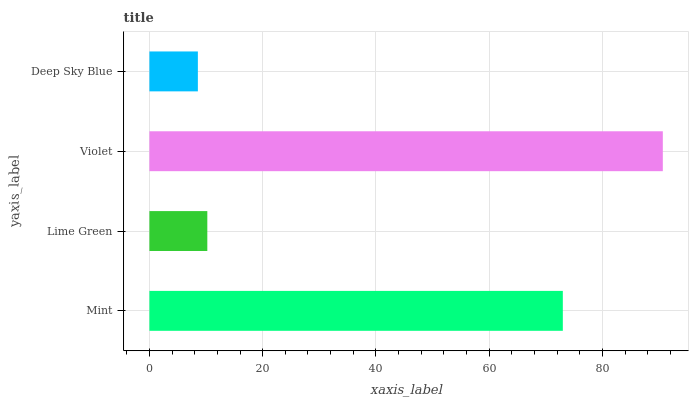
| yaxis_label | bars |
 | --- | --- |
 | Mint | 73 |
 | Lime Green | 10.2 |
 | Violet | 90.7 |
 | Deep Sky Blue | 8.56 |